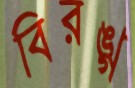
বিরঙ্গ